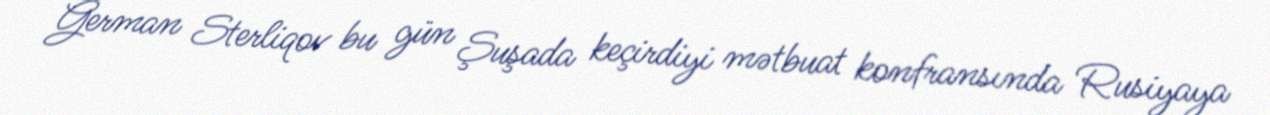
German Sterliqov bu gün Şuşada keçirdiyi mətbuat konfransında Rusiyaya